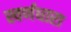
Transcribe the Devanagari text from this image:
स्वर्णधारा